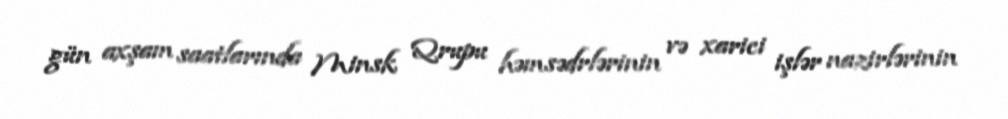
gün axşam saatlarında Minsk Qrupu həmsədrlərinin və xarici işlər nazirlərinin